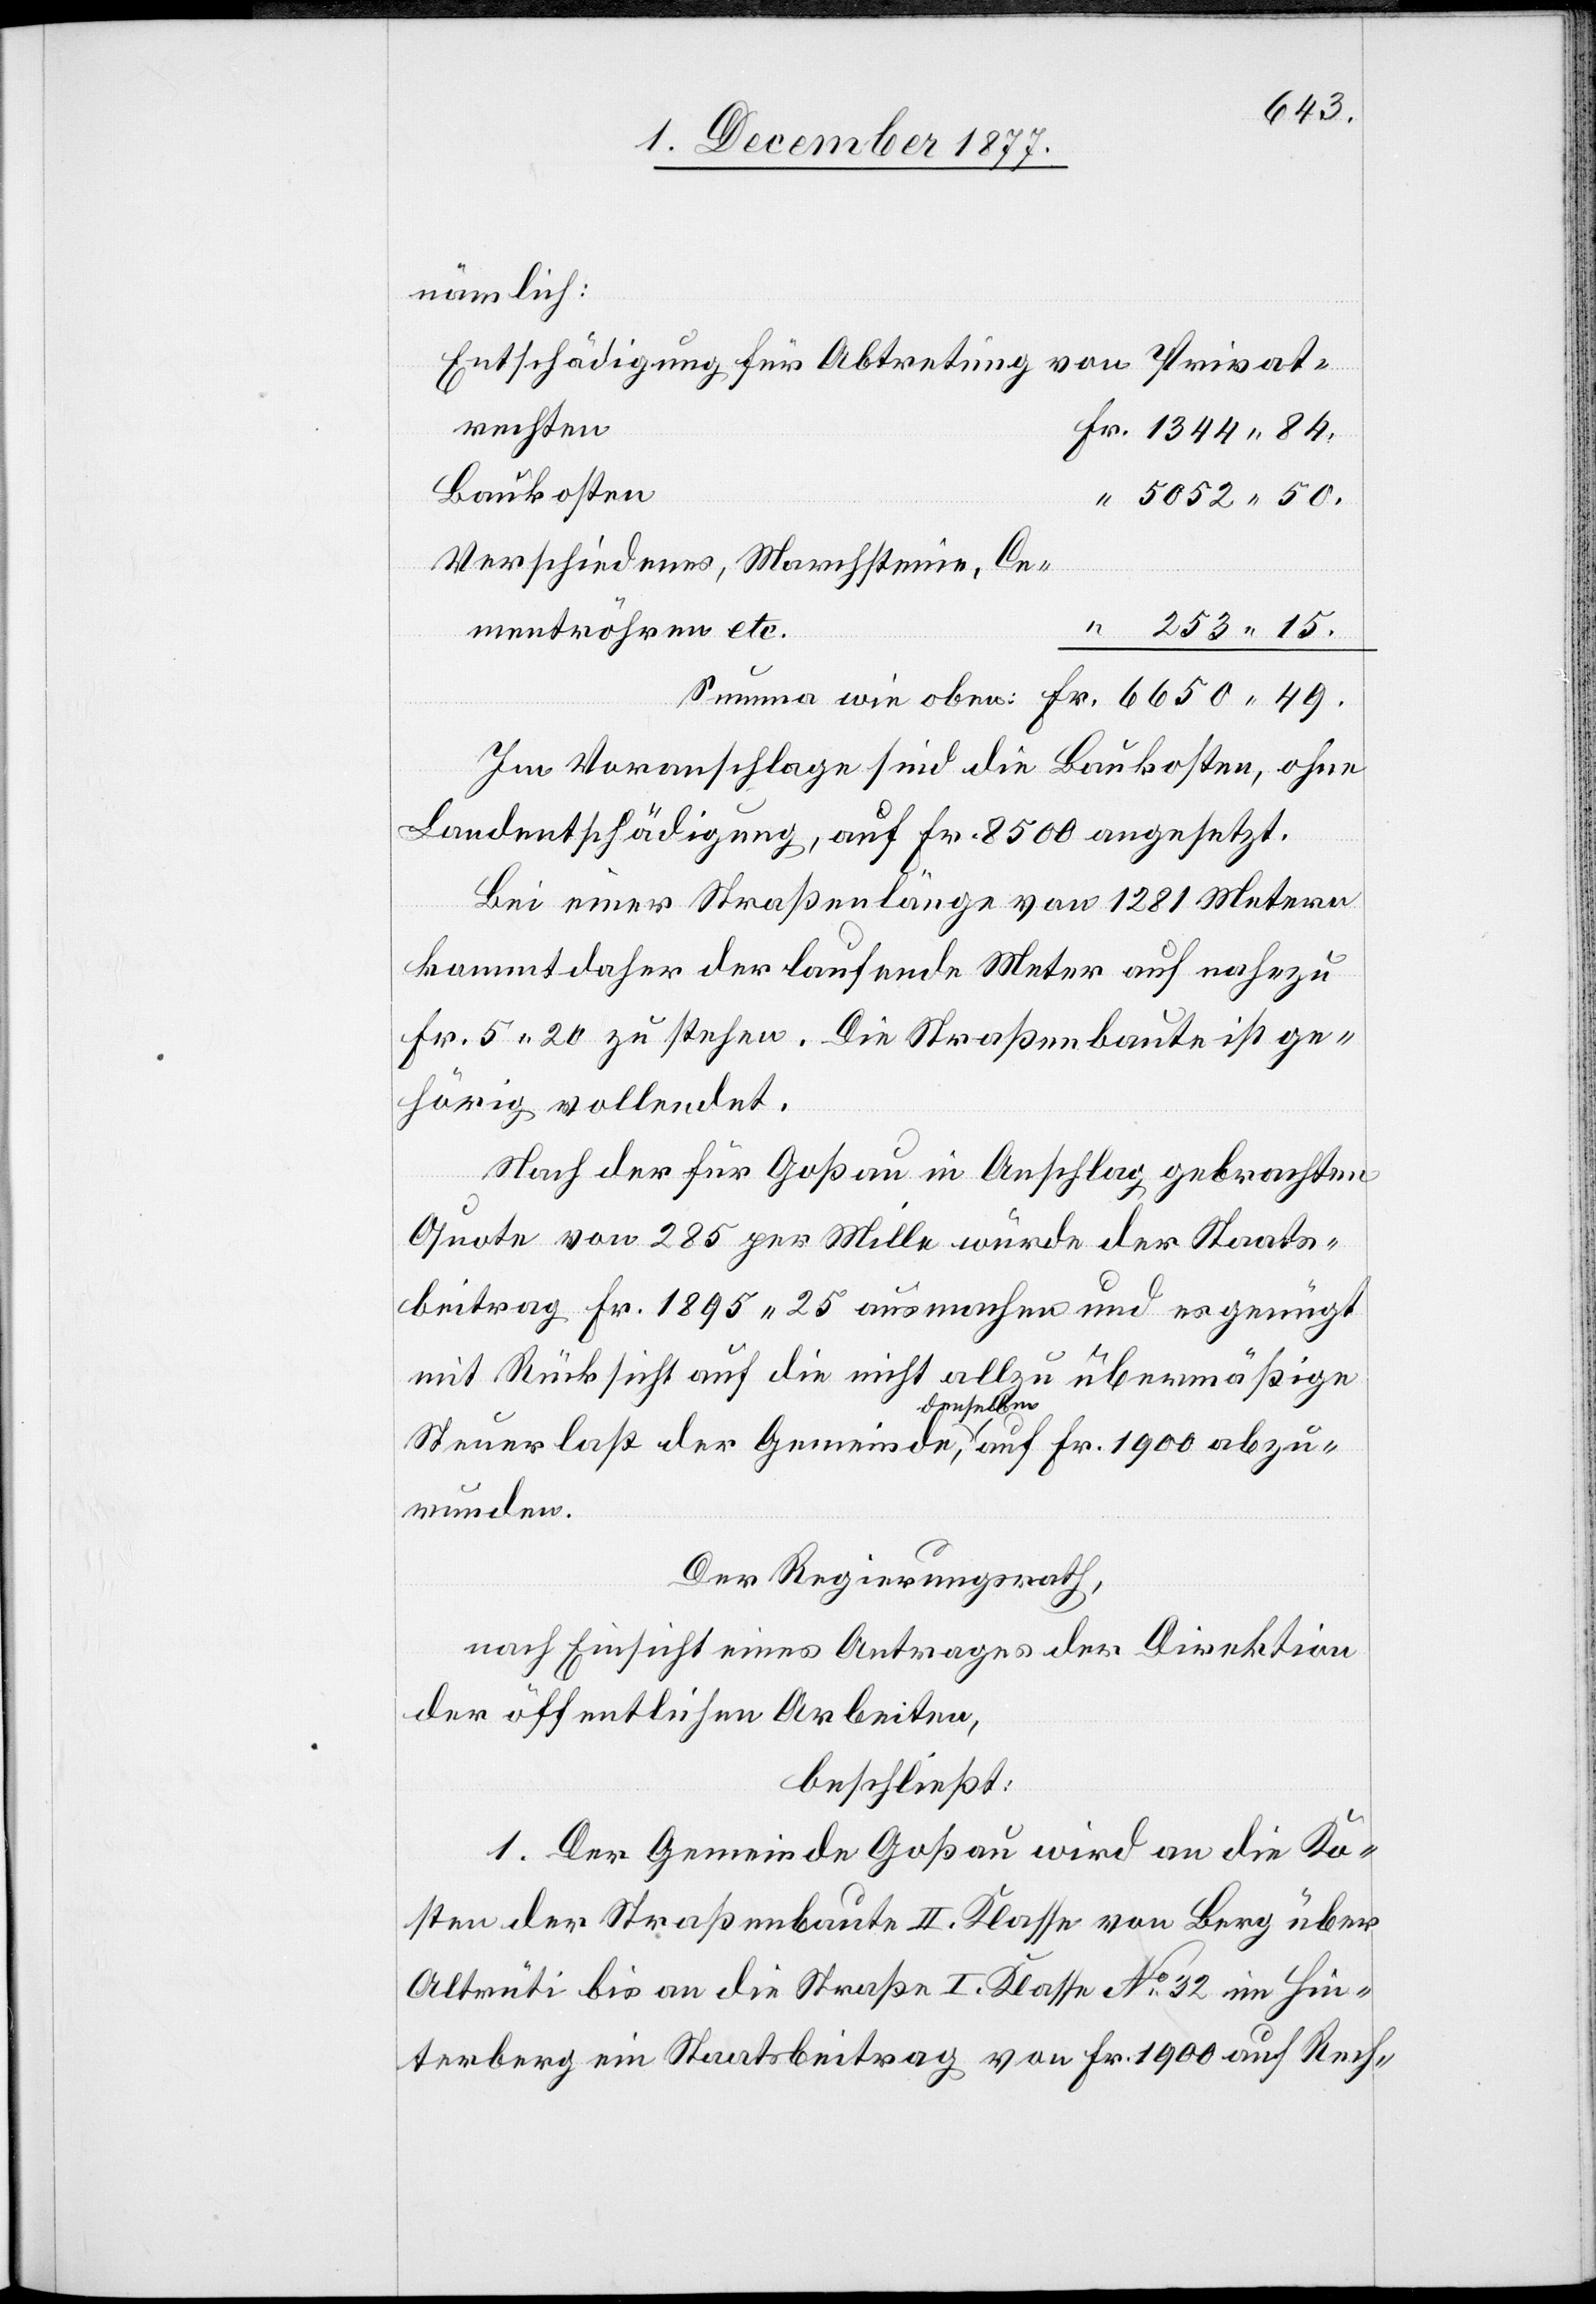
6650
nämlich:
Entschädigung für Abtretung von Privat¬
rechten
Fr. 1344 84.
Baukosten
“ 5052 50.
Verschiedenes, Marchsteine, Ce¬
mentröhren etc.
“ 253 15.
Im Voranschlage sind die Baukosten, ohne
Landentschädigung, auf Fr. 8500 angesetzt.
Bei einer Straßenlänge von 1281 Metern
kommt daher der laufende Meter auf nahezu
Fr. 5 20 zu stehen. Die Straßenbaute ist ge¬
hörig vollendet.
Nach der für Goßau in Anschlag gebrachten
Quote von 285 per Mille würde der Staats¬
beitrag Fr. 1895 25 ausmachen und es genügt
mit Rücksicht auf die nicht allzu übermäßige
Steuerlast der Gemeinde, denselben auf Fr. 1900 abzu¬
runden.
Der Regierungsrath,
nach Einsicht eines Antrages der Direktion
der öffentlichen Arbeiten,
beschließt:
1. Der Gemeinde Goßau wird an die Ko¬
sten der Straßenbaute II. Klasse von Berg über
Altrüti bis an die Straße I. Klasse No 32 im Hin¬
terberg ein Staatsbeitrag von Fr. 1900 auf Rech-